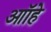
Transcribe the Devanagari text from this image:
आॉहे